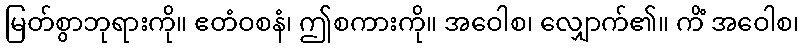
မြတ်စွာဘုရားကို။ ဧတံဝစနံ၊ ဤစကားကို။ အဝေါစ၊ လျှောက်၏။ ကိံ အဝေါစ၊